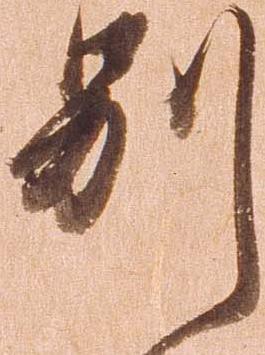
別